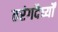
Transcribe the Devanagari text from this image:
तरंगदैर्घ्यों